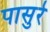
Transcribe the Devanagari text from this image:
पासुरे